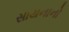
સાયનાનો